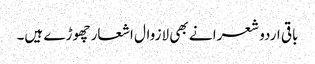
باقی اردو شعرا نے بھی لازوال اشعار چھوڑے ہیں۔